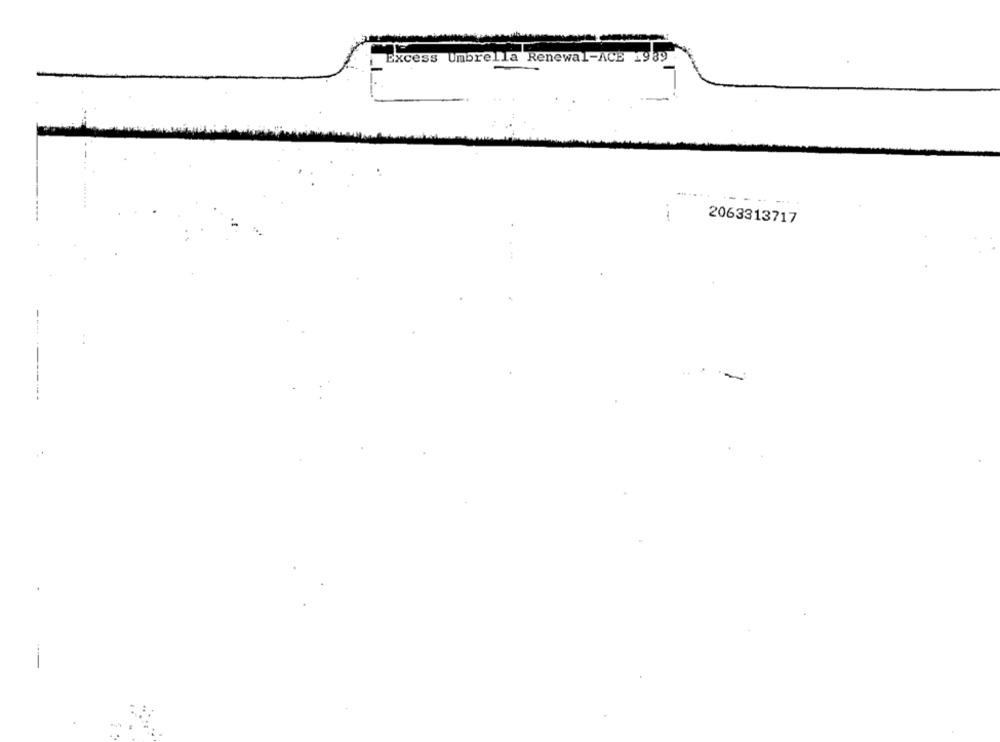
Excess Umbrella Renewal-ACE 1989
......
-----
2063313717